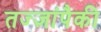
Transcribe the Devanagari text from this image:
तज्‍ज्ञांपैकी